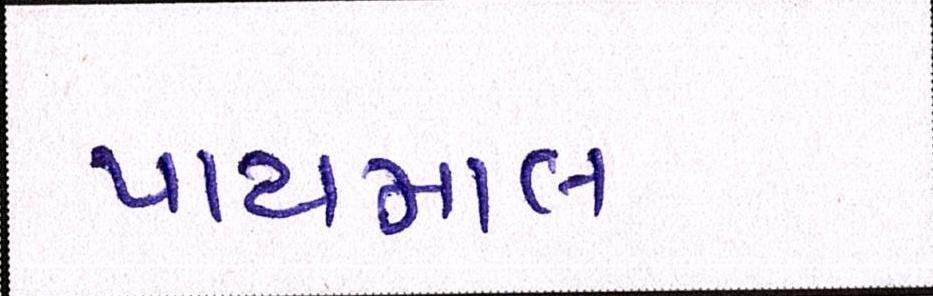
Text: પાયમાલ